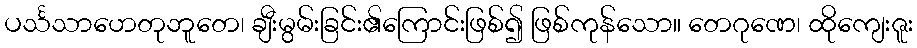
ပင်္သသာဟေတုဘူတေ၊ ချီးမွမ်းခြင်း၏ကြောင်းဖြစ်၍ ဖြစ်ကုန်သော။ တေဂုဏေ၊ ထိုကျေးဇူး